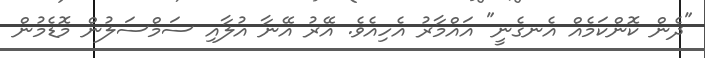
"ދެން ކޮންކަމެއް އެނގެނީ" އައްމާރު އެހިއެވެ. އޭރު އޭނާ އުލާއި ސަމްސަލުން މޮޑެމުން